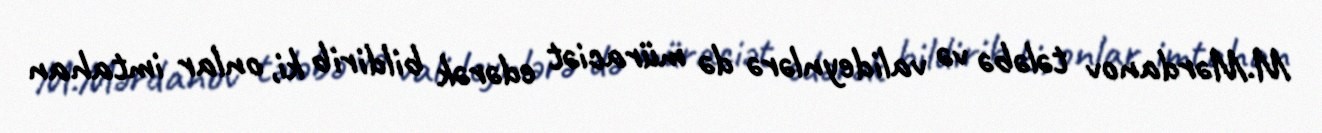
M.Mərdanov tələbə və valideynlərə də müraciət edərək bildirib ki, onlar imtahan